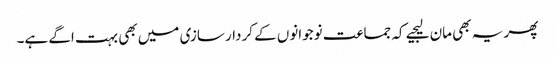
پھر یہ بھی مان لیجیے کہ جماعت نوجوانوں کے کردار سازی میں بھی بہت اگے ہے۔